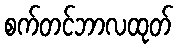
စက်တင်ဘာလထုတ်